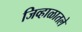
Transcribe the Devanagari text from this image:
जिव्हाळातले